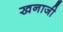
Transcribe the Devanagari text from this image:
खनाजी